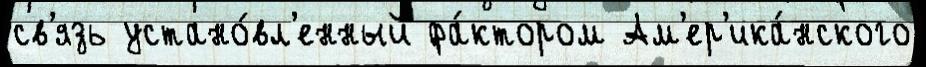
св'язь устано́вл'енный фа́ктором Ам'ер'ика́нского